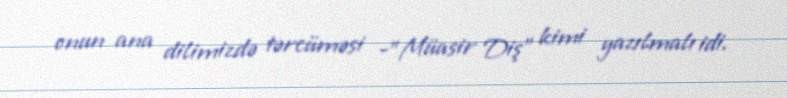
onun ana dilimizdə tərcüməsi -"Müasir Diş" kimi yazılmalı idi.